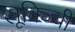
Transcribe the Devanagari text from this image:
सूत्रिज्यी